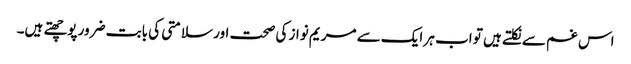
اس غم سے نکلتے ہیں تو اب ہر ایک سے مریم نواز کی صحت اور سلامتی کی بابت ضرور پوچھتے ہیں۔